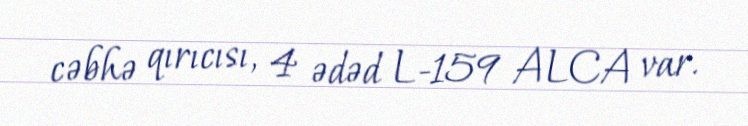
cəbhə qırıcısı, 4 ədəd L-159 ALCA var.